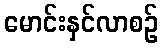
မောင်းနှင်လာစဉ်